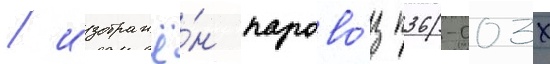
/ изображё́н парово́з п36-003х